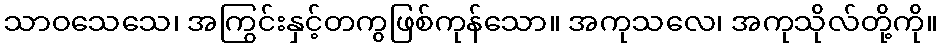
သာဝသေသေ၊ အကြွင်းနှင့်တကွဖြစ်ကုန်သော။ အကုသလေ၊ အကုသိုလ်တို့ကို။